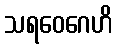
သရဝေဂေဟိ